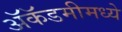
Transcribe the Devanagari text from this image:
अॅकॅडमीमध्ये